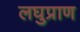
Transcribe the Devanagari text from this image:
लघुप्राण